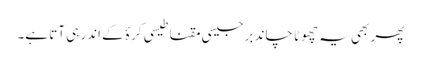
پھر بھی یہ چھوٹا چاند برجیسی مقناطیسی کرۂ کے اندر ہی آتا ہے۔